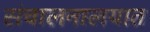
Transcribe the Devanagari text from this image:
संचालनालयात